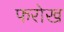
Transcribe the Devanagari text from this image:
फरोख